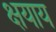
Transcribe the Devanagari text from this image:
क्षयाय